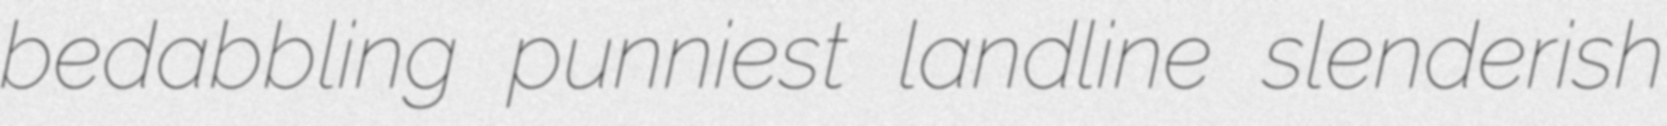
bedabbling punniest landline slenderish